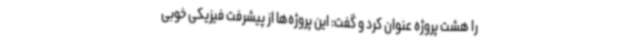
را هشت پروژه عنوان کرد و گفت: این پروژه‌ها از پیشرفت فیزیکی خوبی